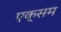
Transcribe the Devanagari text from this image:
एक्सम